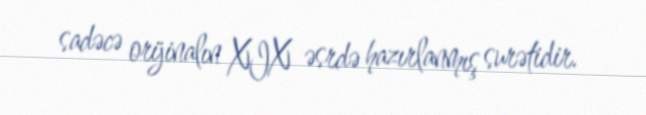
sadəcə orijinalın XIX əsrdə hazırlanmış surətidir.